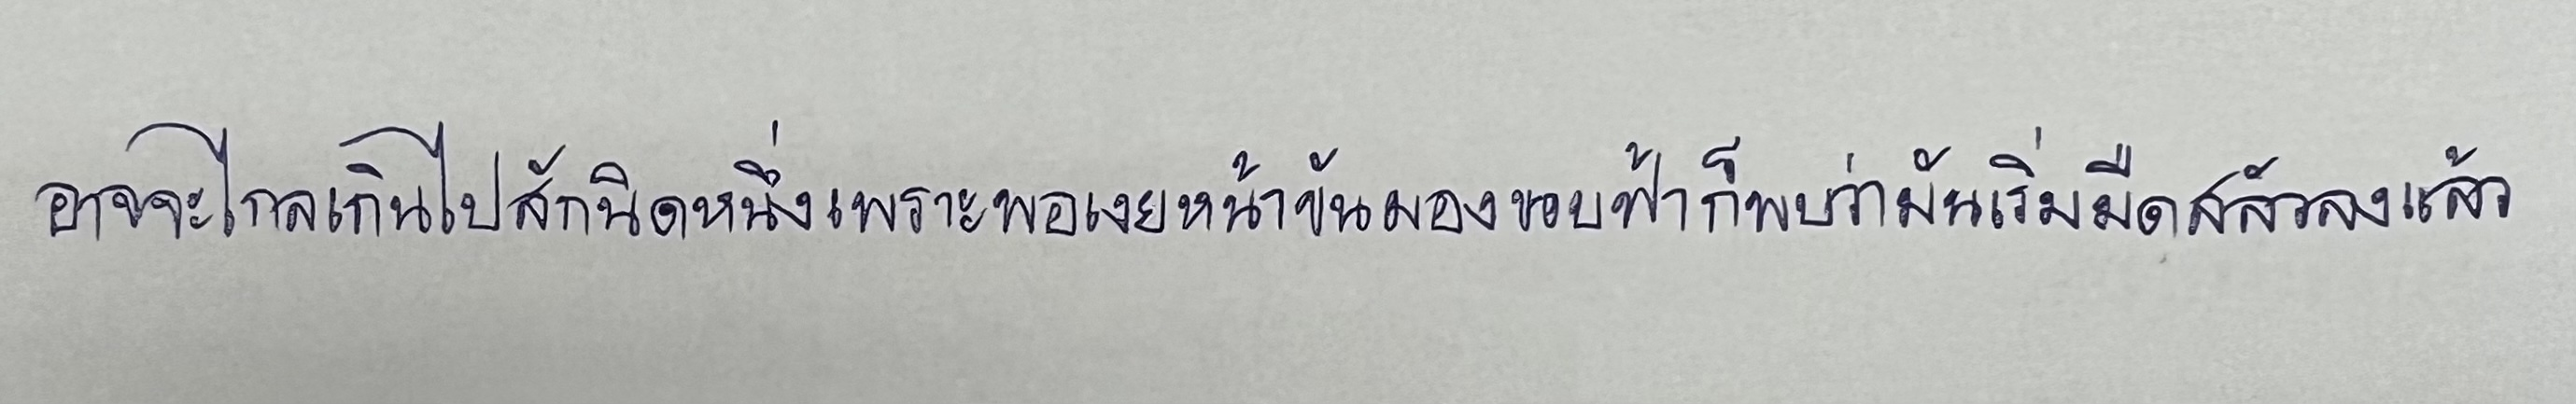
อาจจะไกลเกินไปสักนิดหนึ่งเพราะพอเงยหน้าขันมองขอบฟ้าก็พบว่ามันเริ่มมืดสลัวลงแล้ว